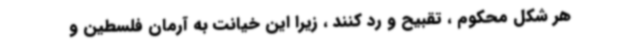
هر شکل محکوم ، تقبیح و رد کنند ، زیرا این خیانت به آرمان فلسطین و